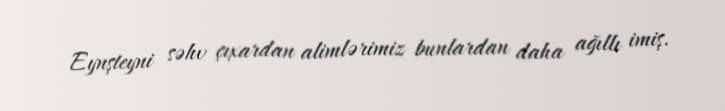
Eynşteyni səhv çıxardan alimlərimiz bunlardan daha ağıllı imiş.